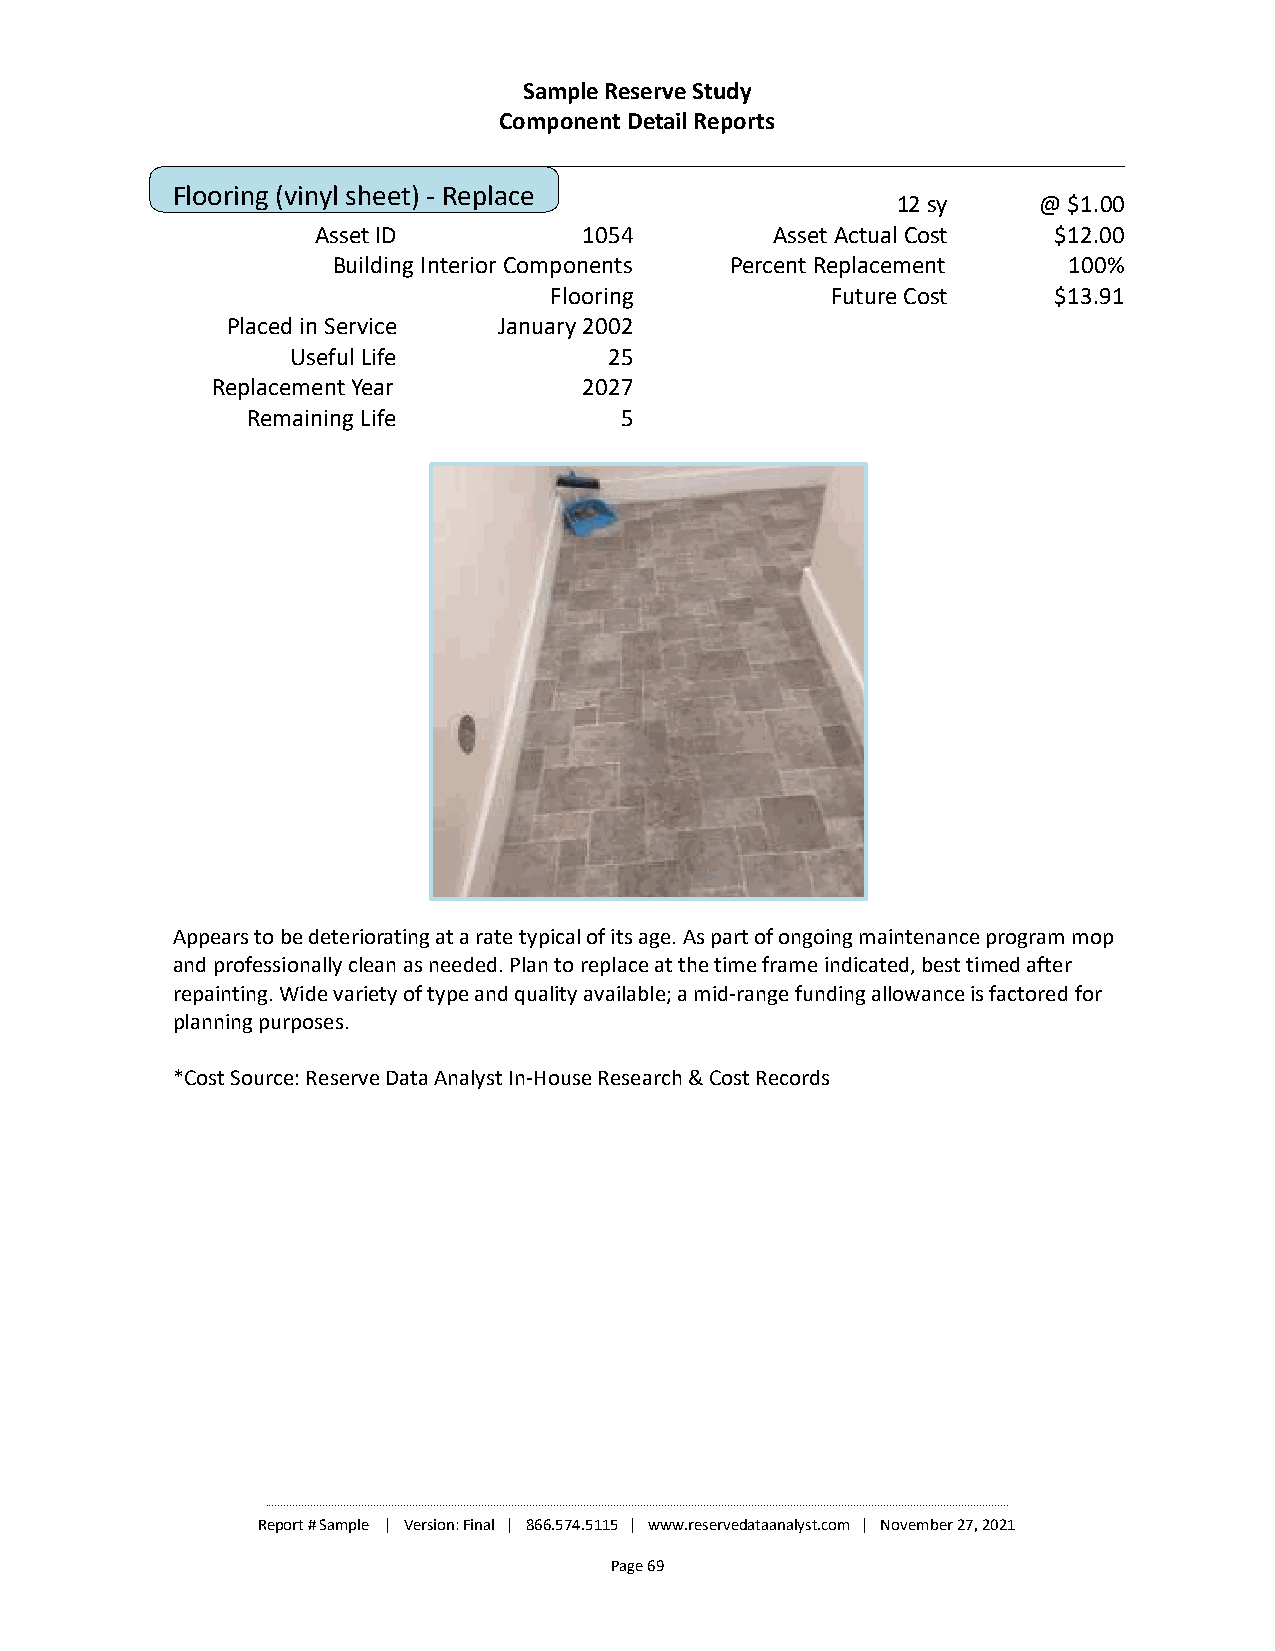
Sample Reserve Study
 Component Detail Reports
 Flooring (vinyl sheet) - Replace
 12 sy     @ $1.00
 Asset ID          1054        Asset Actual Cost  $12.00
 Building Interior Components Percent Replacement 100%
 Flooring           Future Cost    $13.91
 Placed in Service January 2002
 Useful Life          25
 Replacement Year         2027
 Remaining Life           5
 Appears to be deteriorating at a rate typical of its age. As part of ongoing maintenance program mop
 and professionally clean as needed. Plan to replace at the time frame indicated, best timed after
 repainting. Wide variety of type and quality available; a mid-range funding allowance is factored for
 planning purposes.
 *Cost Source: Reserve Data Analyst In-House Research & Cost Records
 ________________________________________________________________________________________________________________________________________________________________________________________________________________________________________________________
 Report # Sample | Version: Final | 866.574.5115 | www.reservedataanalyst.com | November 27, 2021
 Page 69